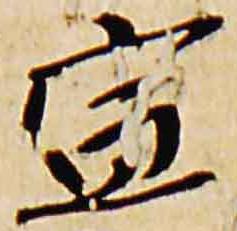
宣